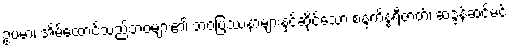
ဥပမာ၊ အိမ်ထောင်သည်ဘဝများ၏ ဘဝပြဿနာများနှင့်ဆိုင်သော စန္ဒကိန္နရီဇာတ်၊ ဆဒ္ဒန်ဆင်မင်း